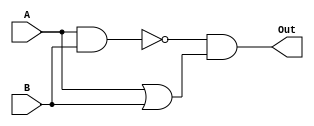

module xor_1bit(

	input [0:0] A,
	input [0:0] B,
	output [0:0] Out
	);

	wire  w1,w2,w3;

	and AN1 (w1,A,B);		//This does the xor of A and B
	not NO1 (w2,w1);
	or OR1 (w3,A,B);
	and AN2 (Out,w2,w3);




endmodule